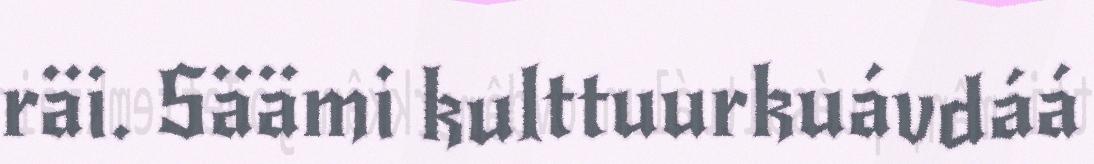
räi. Säämi kulttuurkuávdáá